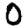
Digit: 0